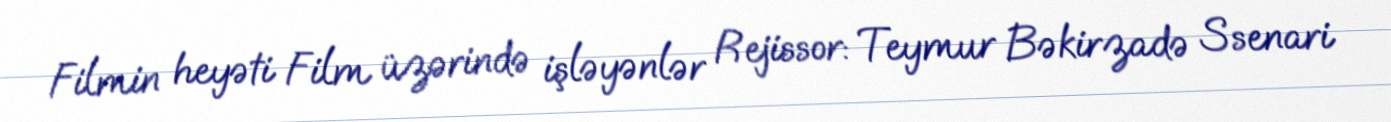
Filmin heyəti Film üzərində işləyənlər Rejissor: Teymur Bəkirzadə Ssenari